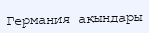
Германия ақындары